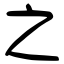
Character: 之